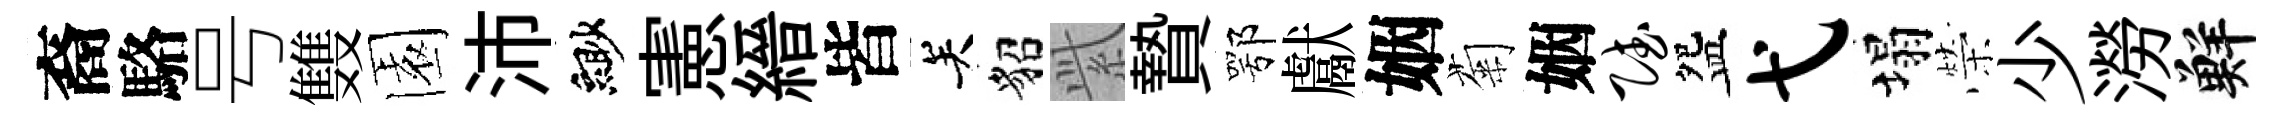
裔駱号䨇園沛緲憲縉皆关貂𬗋贄鄂獻姻菊姻赋盌弋塌榮少澇鮮